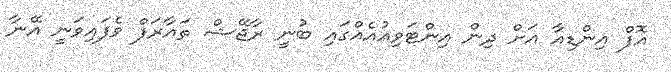
އޮފް އިންޑިއާ އަށް ދިން އިންޓަވިއުއެއްގައި ބުނީ ރާޖޭޝް ތައާރަފް ވެފައިވަނީ އޭނާ